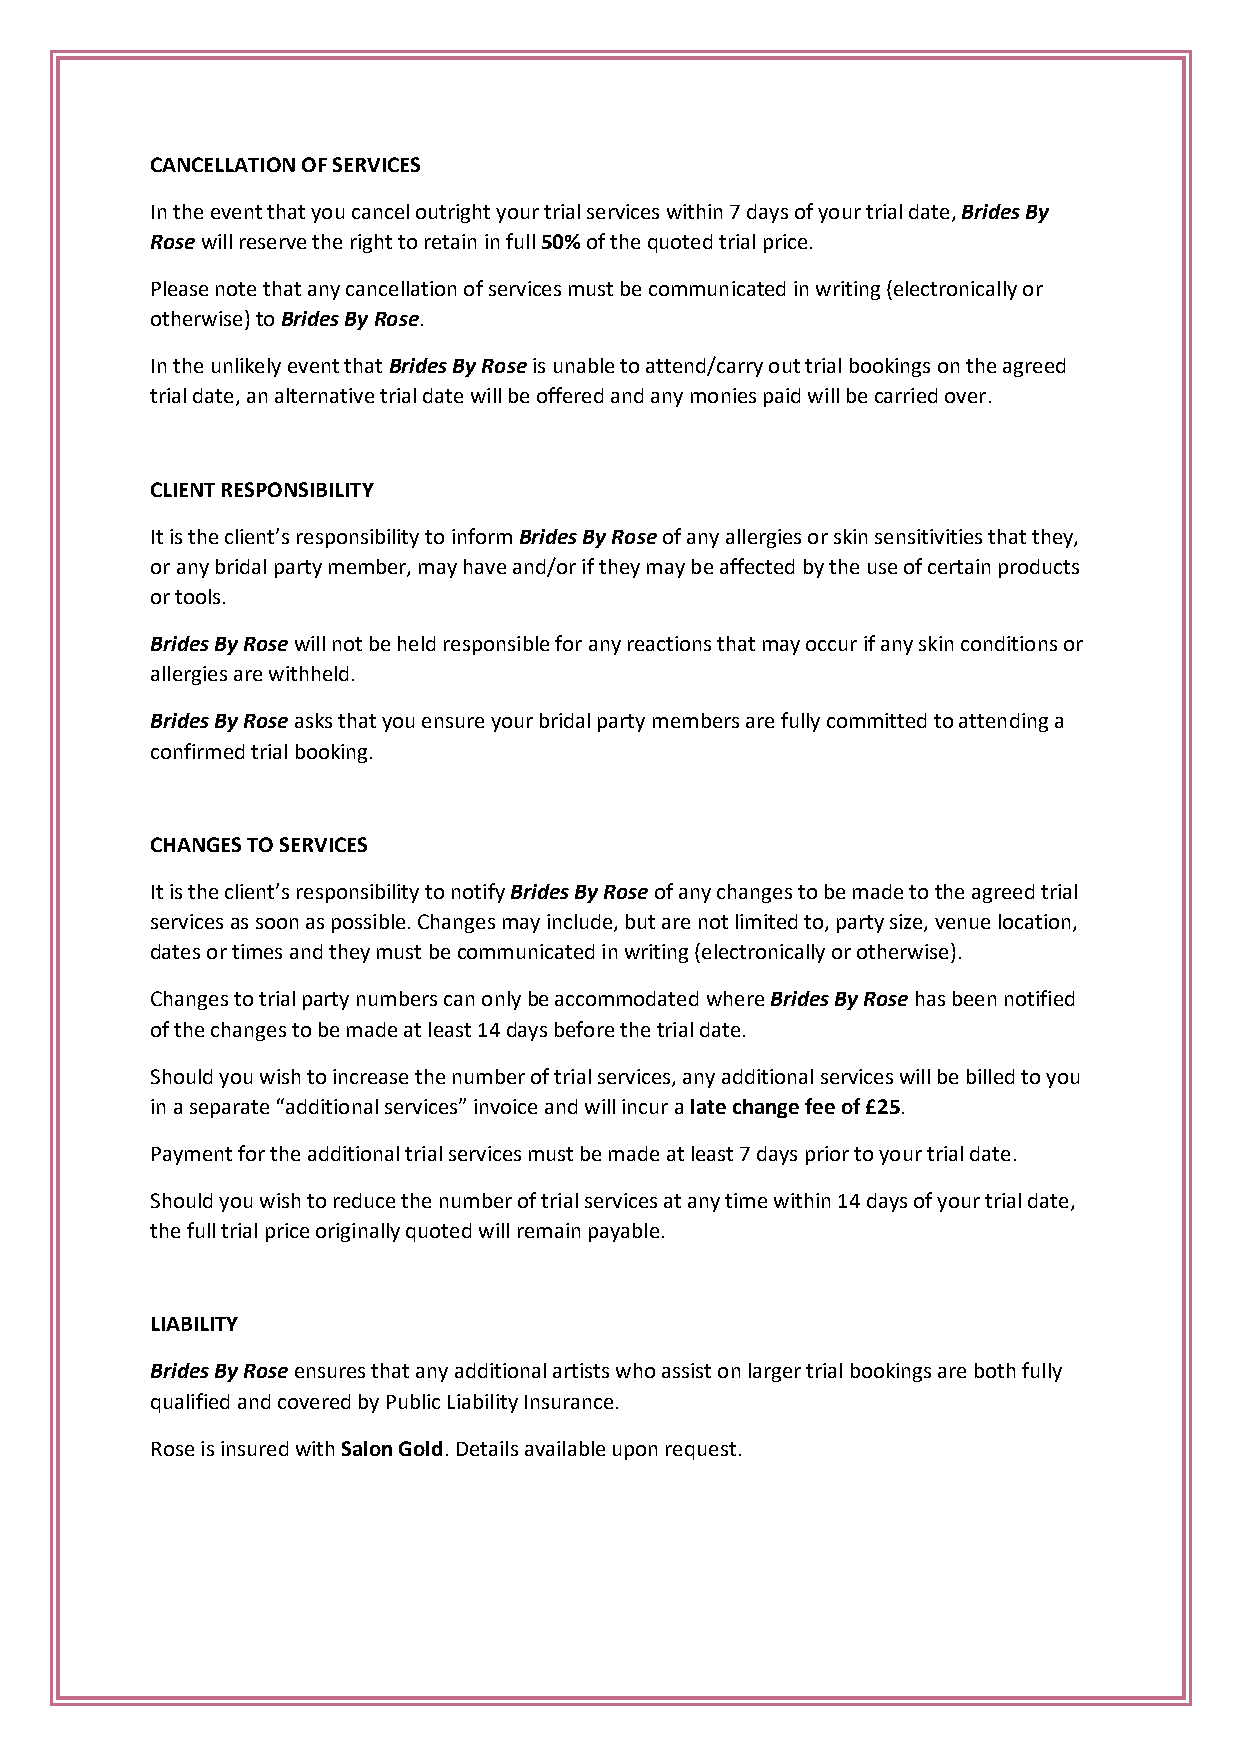
CANCELLATION OF SERVICES
 In the event that you cancel outright your trial services within 7 days of your trial date, Brides By
 Rose will reserve the right to retain in full 50% of the quoted trial price.
 Please note that any cancellation of services must be communicated in writing (electronically or
 otherwise) to Brides By Rose.
 In the unlikely event that Brides By Rose is unable to attend/carry out trial bookings on the agreed
 trial date, an alternative trial date will be offered and any monies paid will be carried over.
 CLIENT RESPONSIBILITY
 It is the client’s responsibility to inform Brides By Rose of any allergies or skin sensitivities that they,
 or any bridal party member, may have and/or if they may be affected by the use of certain products
 or tools.
 Brides By Rose will not be held responsible for any reactions that may occur if any skin conditions or
 allergies are withheld.
 Brides By Rose asks that you ensure your bridal party members are fully committed to attending a
 confirmed trial booking.
 CHANGES TO SERVICES
 It is the client’s responsibility to notify Brides By Rose of any changes to be made to the agreed trial
 services as soon as possible. Changes may include, but are not limited to, party size, venue location,
 dates or times and they must be communicated in writing (electronically or otherwise).
 Changes to trial party numbers can only be accommodated where Brides By Rose has been notified
 of the changes to be made at least 14 days before the trial date.
 Should you wish to increase the number of trial services, any additional services will be billed to you
 in a separate “additional services” invoice and will incur a late change fee of £25.
 Payment for the additional trial services must be made at least 7 days prior to your trial date.
 Should you wish to reduce the number of trial services at any time within 14 days of your trial date,
 the full trial price originally quoted will remain payable.
 LIABILITY
 Brides By Rose ensures that any additional artists who assist on larger trial bookings are both fully
 qualified and covered by Public Liability Insurance.
 Rose is insured with Salon Gold. Details available upon request.